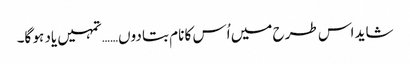
شاید اس طرح میں اُس کا نام بتا دوں…… تمہیں یاد ہو گا۔